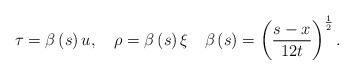
\begin{align*}\tau=\beta\left( s\right) u,\quad\rho=\beta\left( s\right) \xi\quad\beta\left( s\right) =\left( \frac{s-x}{12t}\right)^{\frac{1}{2}}.\end{align*}